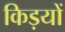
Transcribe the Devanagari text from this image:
किड़यों